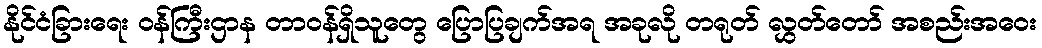
နိုင်ငံခြားရေး ဝန်ကြီးဌာန တာဝန်ရှိသူတွေ ပြောပြချက်အရ အခုလို တရုတ် လွှတ်တော် အစည်းအဝေး